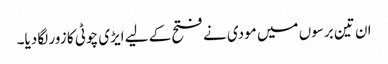
ان تین برسوں میں مودی نے فتح کے لیے ایڑی چوٹی کا زور لگا دیا۔